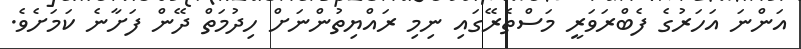
އަންނަ އަހަރުގެ ފެބްރަވަރީ މަސްތެރޭގައި ނިމި ރައްޔިތުންނަށް ހިދުމަތް ދޭން ފަށާނެ ކަމަށެވެ.